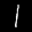
Label: 1